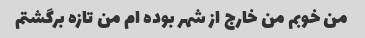
من خوبم من خارج از شهر بوده ام من تازه برگشتم